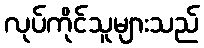
လုပ်ကိုင်သူများသည်